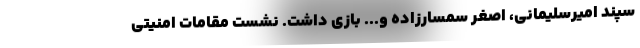
سپند امیرسلیمانی، اصغر سمسارزاده و... بازی داشت. نشست مقامات امنیتی